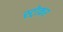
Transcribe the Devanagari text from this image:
स्ट्रोकर